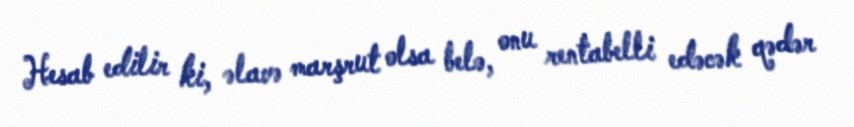
Hesab edilir ki, əlavə marşrut olsa belə, onu rentabelli edəcək qədər